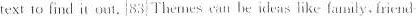
te:xt to find i out. 83 \underline{Themes cau he ideas ike family friend }